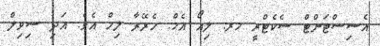
އެސިސްޓަންޓް ސެކެޓްރީ މރ. ލިއޯ އެމް. ހެރޭރާ ލިމް އެވެ. އަދި ސިވިލް